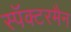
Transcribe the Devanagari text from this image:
स्पॅक्टरमैन